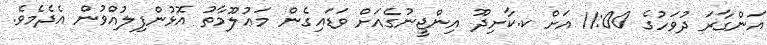
އަންގާރަ ދުވަހުގެ 11:00 އަށް ކ.ކާށިދޫ އިންޖީނުގެއަށް ވަޑައިގެން މަޢުލޫމާތު އޮޅުންފިލުއްވުން އެދެމެވެ.